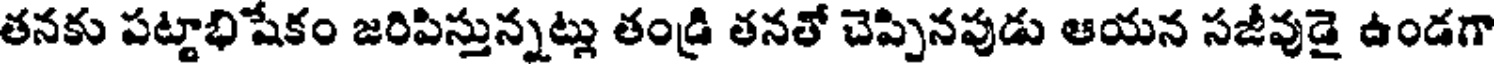
తనకు పట్టాభిషేకం జరిపిస్తున్నట్లు తండ్రి తనతో చెప్పినపుడు ఆయన సజీవుడై ఉండగా